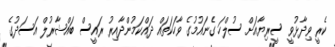
ކެރީ ވިދާޅުވީ ސީރިޔާއަށް ސުލްހަ ގެނައުމުގެ ވާހަކަތައް ދައްކަމުންދާއިރު ރައީސް ބައްޝާރުލް އަސަދުގެ